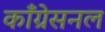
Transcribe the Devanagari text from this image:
काँग्रेसनल